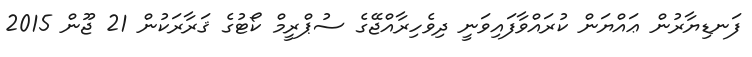
ފަނޑިޔާރުން ޢައްޔަން ކުރައްވާފައިވަނީ ދިވެހިރާއްޖޭގެ ސުޕްރީމް ކޯޓުގެ ޤަރާރަކުން 21 ޖޫން 2015